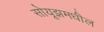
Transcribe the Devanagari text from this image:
सोयूझमधील